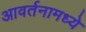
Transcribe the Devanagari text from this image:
आवर्तनामध्ये